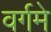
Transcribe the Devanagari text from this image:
वर्गमे